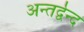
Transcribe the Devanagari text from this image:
अन्तर्द्वेन्द